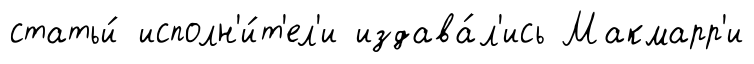
статьи́ исполн'и́т'ел'и издава́л'ись Макмарр'и